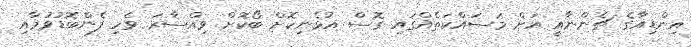
އިންޑިއާގެ ޗެންނާއީ އަށް މަސައްކަތެއްގައި ގޮސް އުޅެނިކޮށް ބޯކޮށް ވިއްސާރަ ވެހި ފެންބޮޑުވުމާއި